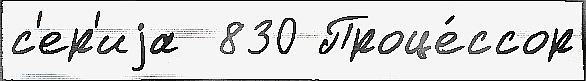
с'ер'иjа  830 Проце́ссор